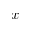
x ^ { + }